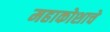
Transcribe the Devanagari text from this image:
महाकोशाचे